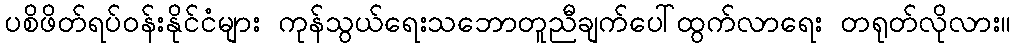
ပစိဖိတ်ရပ်ဝန်းနိုင်ငံများ ကုန်သွယ်ရေးသဘောတူညီချက်ပေါ်ထွက်လာရေး တရုတ်လိုလား။